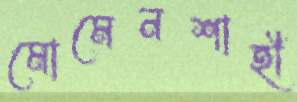
মোমেনশাহী